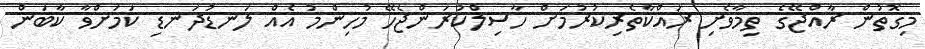
މިގޮތުން ރާއްޖޭގެ ތިމާވެށި ރައްކާތެރިކުރުމަށް ހާސިލްކުރަންޖެހޭ މުހިންމު އެއް ލަނޑުދަނޑި ކަމަށްވާ ކާބަން